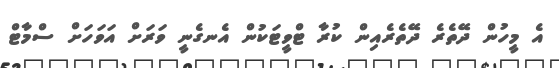
އެ މީހުން ދޭތެރެ ދޭތެރެއިން ކުރާ ޓްވީޓަކުން އެނގެނީ ވަރަށް އަވަހަށް ސްމާޓް